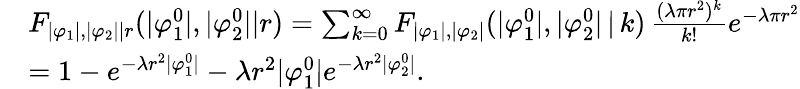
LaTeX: \begin{array}{rl}&{F_{|\varphi_{1}|,|\varphi_{2}||r}(|\varphi_{1}^{0}|,|\varphi_{2}^{0}||r)=\sum_{k=0}^{\infty}F_{|\varphi_{1}|,|\varphi_{2}|}(|\varphi_{1}^{0}|,|\varphi_{2}^{0}|\, |\, k)\, \frac{(\lambda\pi r^{2})^{k}}{k!}e^{-\lambda\pi r^{2}}}\\ &{=1-e^{-\lambda r^{2}|\varphi_{1}^{0}|}-\lambda r^{2}|\varphi_{1}^{0}|e^{-\lambda r^{2}|\varphi_{2}^{0}|}.}\end{array}